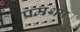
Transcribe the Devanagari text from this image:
प्रमथप